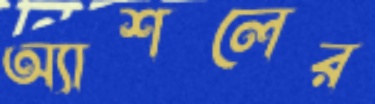
অ্যাশলের